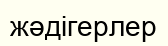
жәдігерлер